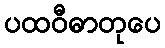
ပထဝီဓာတုပေ